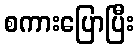
စကားပြောပြီး